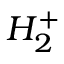
H _ { 2 } ^ { + }